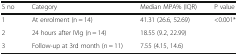
| S no | Category | Median MPA% (IQR) | P value |
 | --- | --- | --- | --- |
 | 1 | At enrolment (n = 14) | 41.31 (26.6, 52.69) | <ROWSPAN=3> <0.001* |
 | 2 | 24 hours after IVIg (n = 14) | 18.55 (9.2, 22.99) |
 | 3 | Follow-up at 3rd month (n = 11) | 7.55 (4.15, 14.6) |